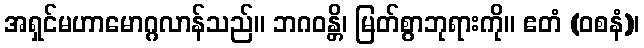
အရှင်မဟာမောဂ္ဂလာန်သည်။ ဘဂဝန္တိ၊ မြတ်စွာဘုရားကို။ ဧတံ (ဝစနံ)၊